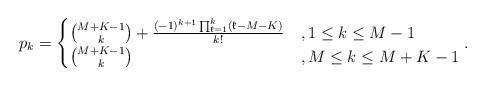
LaTeX: \begin{align*}p_k=\begin{cases}{M+K-1 \choose k}+\frac{(-1)^{k+1}\prod_{\mathfrak{k}=1}^{k}(\mathfrak{k}-M-K)}{k!}&,1\le k\le M-1\\{M+K-1 \choose k}&,M\le k\le M+K-1\end{cases}.\end{align*}